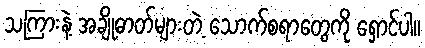
သကြားနဲ့ အချိုဓာတ်များတဲ့ သောက်စရာတွေကို ရှောင်ပါ။